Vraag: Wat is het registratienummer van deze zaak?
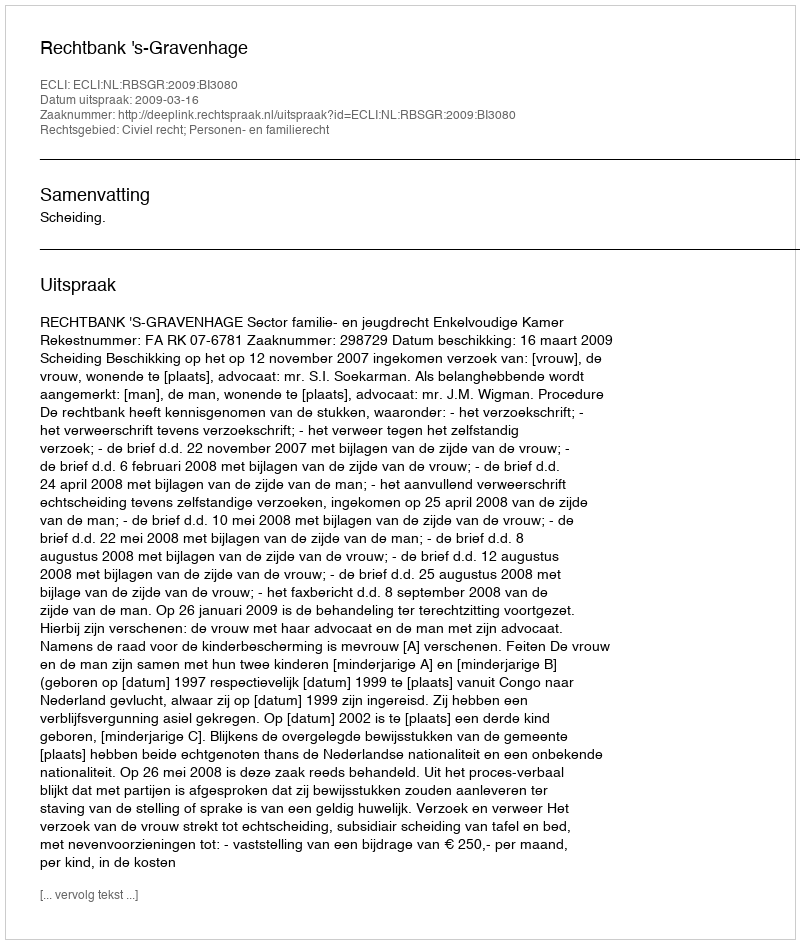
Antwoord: http://deeplink.rechtspraak.nl/uitspraak?id=ECLI:NL:RBSGR:2009:BI3080